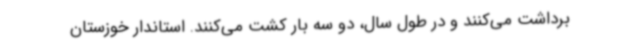
برداشت می‌کنند و در طول سال، دو سه بار کشت می‌کنند. استاندار خوزستان